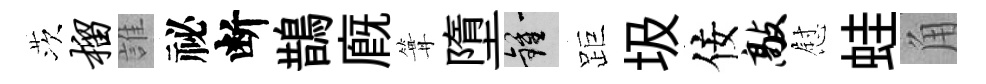
茨榴誰祕断鵲廐篝墮鍾距圾佞敲慰蛙角